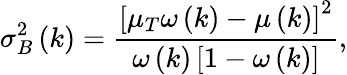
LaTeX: \sigma_{B}^{2}\left(k\right)=\frac{\left[\mu_{T}\omega\left(k\right)-\mu\left(k\right)\right]^{2}}{\omega\left(k\right)\left[1-\omega\left(k\right)\right]},